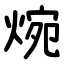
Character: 焥